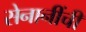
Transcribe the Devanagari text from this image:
सेनानींची